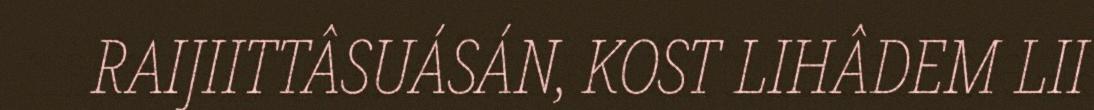
RAIJIITTÂSUÁSÁN, KOST LIHÂDEM LII